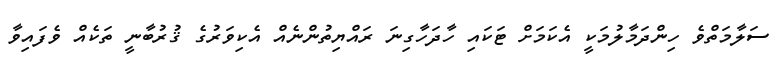
ސަލާމަތްވެ ހިންދަމާލުމަކީ އެކަމަށް ޓަކައި ހާދަހާގިނަ ރައްޔިތުންނެއް އެކިވަރުގެ ޤުރުބާނީ ތަކެއް ވެފައިވާ